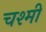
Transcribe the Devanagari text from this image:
चश्मी